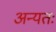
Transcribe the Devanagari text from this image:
अन्यतः